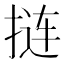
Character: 𫽁